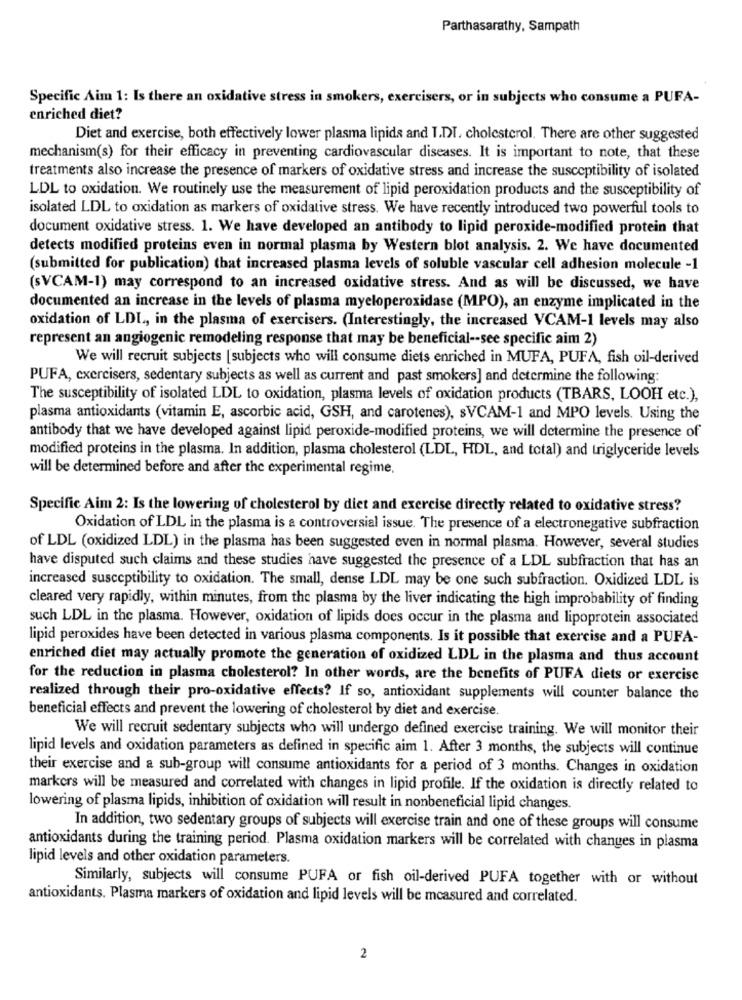
Parthasarathy, Sampath
Specific Aim 1: Is there an oxidative stress in smokers, exercisers, or in subjects who consume a PUFA-
enriched diet?
Diet and exercise, both effectively lower plasma lipids and I.DI. cholesterol. There are other suggested
mechanism(s) for their efficacy in preventing cardiovascular diseases. It is important to note, that these
treatments also increase the presence of markers of oxidative stress and increase the susceptibility of isolated
LDL to oxidation. We routinely use the measurement of lipid peroxidation products and the susceptibility of
isolated LDL to oxidation as markers of oxidative stress. We have recently introduced two powerful tools to
document oxidative stress. 1. We have developed an antibody to lipid peroxide-modified protein that
detects modified proteins even in normal plasma by Western blot analysis. 2. We have documented
(submitted for publication) that increased plasma levels of soluble vascular cell adhesion molecule -1
(SVCAM-1) may correspond to an increased oxidative stress. And as will be discussed, we have
documented an increase in the levels of plasma myeloperoxidase (MPO), an enzyme implicated in the
oxidation of LDL, in the plasma of exercisers. (Interestingly, the increased VCAM-1 levels may also
represent an angiogenic remodeling response that may be beneficial -- see specific aim 2)
We will recruit subjects [subjects who will consume diets enriched in MUFA, PUFA, fish oil-derived
PUFA, exercisers, sedentary subjects as well as current and past smokers] and determine the following:
The susceptibility of isolated LDL to oxidation, plasma levels of oxidation products (TBARS, LOOH etc.),
plasma antioxidants (vitamin E, ascorbic acid, GSH, and carotenes), sVCAM-1 and MPO levels. Using the
antibody that we have developed against lipid peroxide-modified proteins, we will determine the presence of
modified proteins in the plasma. In addition, plasma cholesterol (LDL, HDL, and total) and triglyceride levels
will be determined before and after the experimental regime,
Specific Aim 2: Is the lowering of cholesterol by diet and exercise directly related to oxidative stress?
Oxidation of LDL in the plasma is a controversial issue. The presence of a electronegative subfraction
of LDL (oxidized LDL) in the plasma has been suggested even in normal plasma. However, several studies
have disputed such claims and these studies have suggested the presence of a LDL subfraction that has an
increased susceptibility to oxidation. The small, dense LDL may be one such subfraction. Oxidized LDL is
cleared very rapidly, within minutes, from the plasma by the liver indicating the high improbability of finding
such LDL in the plasma. However, oxidation of lipids does occur in the plasma and lipoprotein associated
lipid peroxides have been detected in various plasma components. Is it possible that exercise and a PUFA-
enriched diet may actually promote the generation of oxidized LDL in the plasma and thus account
for the reduction in plasma cholesterol? In other words, are the benefits of PUFA diets or exercise
realized through their pro-oxidative effects? If so, antioxidant supplements will counter balance the
beneficial effects and prevent the lowering of cholesterol by diet and exercise.
We will recruit sedentary subjects who will undergo defined exercise training. We will monitor their
lipid levels and oxidation parameters as defined in specific aim 1. After 3 months, the subjects will continue
their exercise and a sub-group will consume antioxidants for a period of 3 months. Changes in oxidation
markers will be measured and correlated with changes in lipid profile. If the oxidation is directly related to
lowering of plasma lipids, inhibition of oxidation will result in nonbeneficial lipid changes.
In addition, two sedentary groups of subjects will exercise train and one of these groups will consume
antioxidants during the training period. Plasma oxidation markers will be correlated with changes in plasma
lipid levels and other oxidation parameters.
Similarly, subjects will consume PUFA or fish oil-derived PUFA together with or without
antioxidants. Plasma markers of oxidation and lipid levels will be measured and correlated.
2